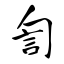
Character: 訇